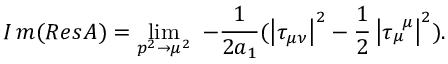
I \, m ( { \cal R } e s { \cal A } ) = \operatorname * { l i m } _ { p ^ { 2 } \rightarrow \mu ^ { 2 } } { \ - \frac 1 { 2 a _ { 1 } } ( \left| \tau _ { \mu \nu } \right| ^ { 2 } - \frac 1 2 \left| \tau _ { \mu } ^ { \, \, \, \mu } \right| ^ { 2 } ) . }